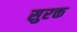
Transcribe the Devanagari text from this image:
सुरक्त